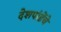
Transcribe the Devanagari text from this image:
देशपांडेंचे